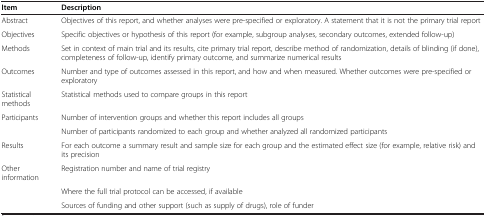
| Item | Description |
 | --- | --- |
 | Abstract | Objectives of this report, and whether analyses were pre-specified or exploratory. A statement that it is not the primary trial report |
 | Objectives | Specific objectives or hypothesis of this report (for example, subgroup analyses, secondary outcomes, extended follow-up) |
 | Methods | Set in context of main trial and its results, cite primary trial report, describe method of randomization, details of blinding (if done), completeness of follow-up, identify primary outcome, and summarize numerical results |
 | Outcomes | Number and type of outcomes assessed in this report, and how and when measured. Whether outcomes were pre-specified or exploratory |
 | Statistical methods | Statistical methods used to compare groups in this report |
 | Participants | Number of intervention groups and whether this report includes all groups |
 |  | Number of participants randomized to each group and whether analyzed all randomized participants |
 | Results | For each outcome a summary result and sample size for each group and the estimated effect size (for example, relative risk) and its precision |
 | Other information | Registration number and name of trial registry |
 |  | Where the full trial protocol can be accessed, if available |
 |  | Sources of funding and other support (such as supply of drugs), role of funder |